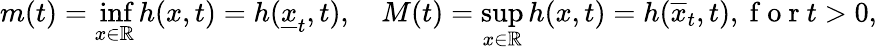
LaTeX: \begin{array}{r}{m(t)=\displaystyle\operatorname*{inf}_{x\in\mathbb R}h(x,t)=h(\underline{{x}}_{t},t),\quad M(t)=\displaystyle\operatorname*{sup}_{x\in\mathbb R}h(x,t)=h(\overline{{x}}_{t},t),\mathrm{~f~o~r~}t>0,}\end{array}